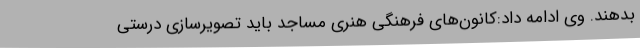
بدهند. وی ادامه داد:کانون‌های فرهنگی هنری مساجد باید تصویرسازی درستی